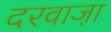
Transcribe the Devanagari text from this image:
दरवाजा़